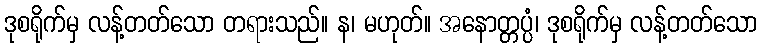
ဒုစရိုက်မှ လန့်တတ်သော တရားသည်။ န၊ မဟုတ်။ အနောတ္တပ္ပံ၊ ဒုစရိုက်မှ လန့်တတ်သော